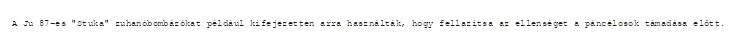
A Ju 87-es "Stuka" zuhanóbombázókat például kifejezetten arra használták, hogy fellazítsa az ellenséget a páncélosok támadása előtt.